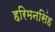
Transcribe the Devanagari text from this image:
हरिमनसिंह